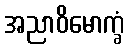
အညာဝိမောက္ခံ